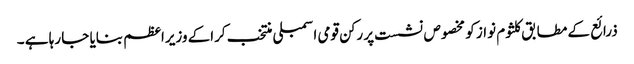
ذرائع کے مطابق کلثوم نواز کو مخصوص نشست پر رکن قومی اسمبلی منتخب کراکے وزیراعظم بنایا جا رہا ہے ۔